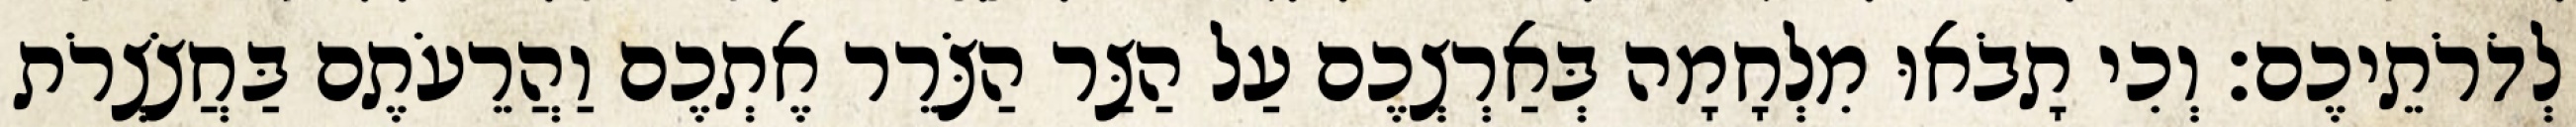
לְדֹרֹתֵיכֶם׃ וְכִי תָבֹאוּ מִלְחָמָה בְּאַרְצְכֶם עַל הַצַּר הַצֹּרֵר אֶתְכֶם וַהֲרֵעֹתֶם בַּחֲצֹצְרֹת